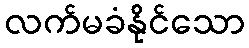
လက်မခံနိုင်သော